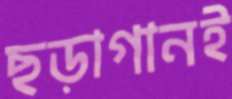
ছড়াগানই